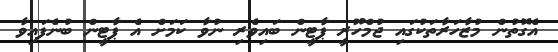
އެގޮތުން މުޒާހަރާތަކުގައި ޖުމްހޫރީ ޕާޓީން ބައިވެރި ނުވާ ކަމަށް އެ ޕާޓީން ބުނެފައިވާ